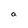
Character: a